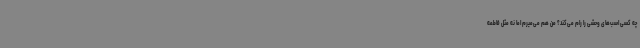
چه کسی اسب‌های وحشی را رام می‌کند؟ من هم می‌میرم اما نه مثل فاطمه